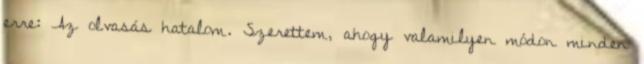
erre: Az olvasás hatalom. Szerettem, ahogy valamilyen módon minden